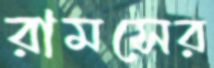
রামসের